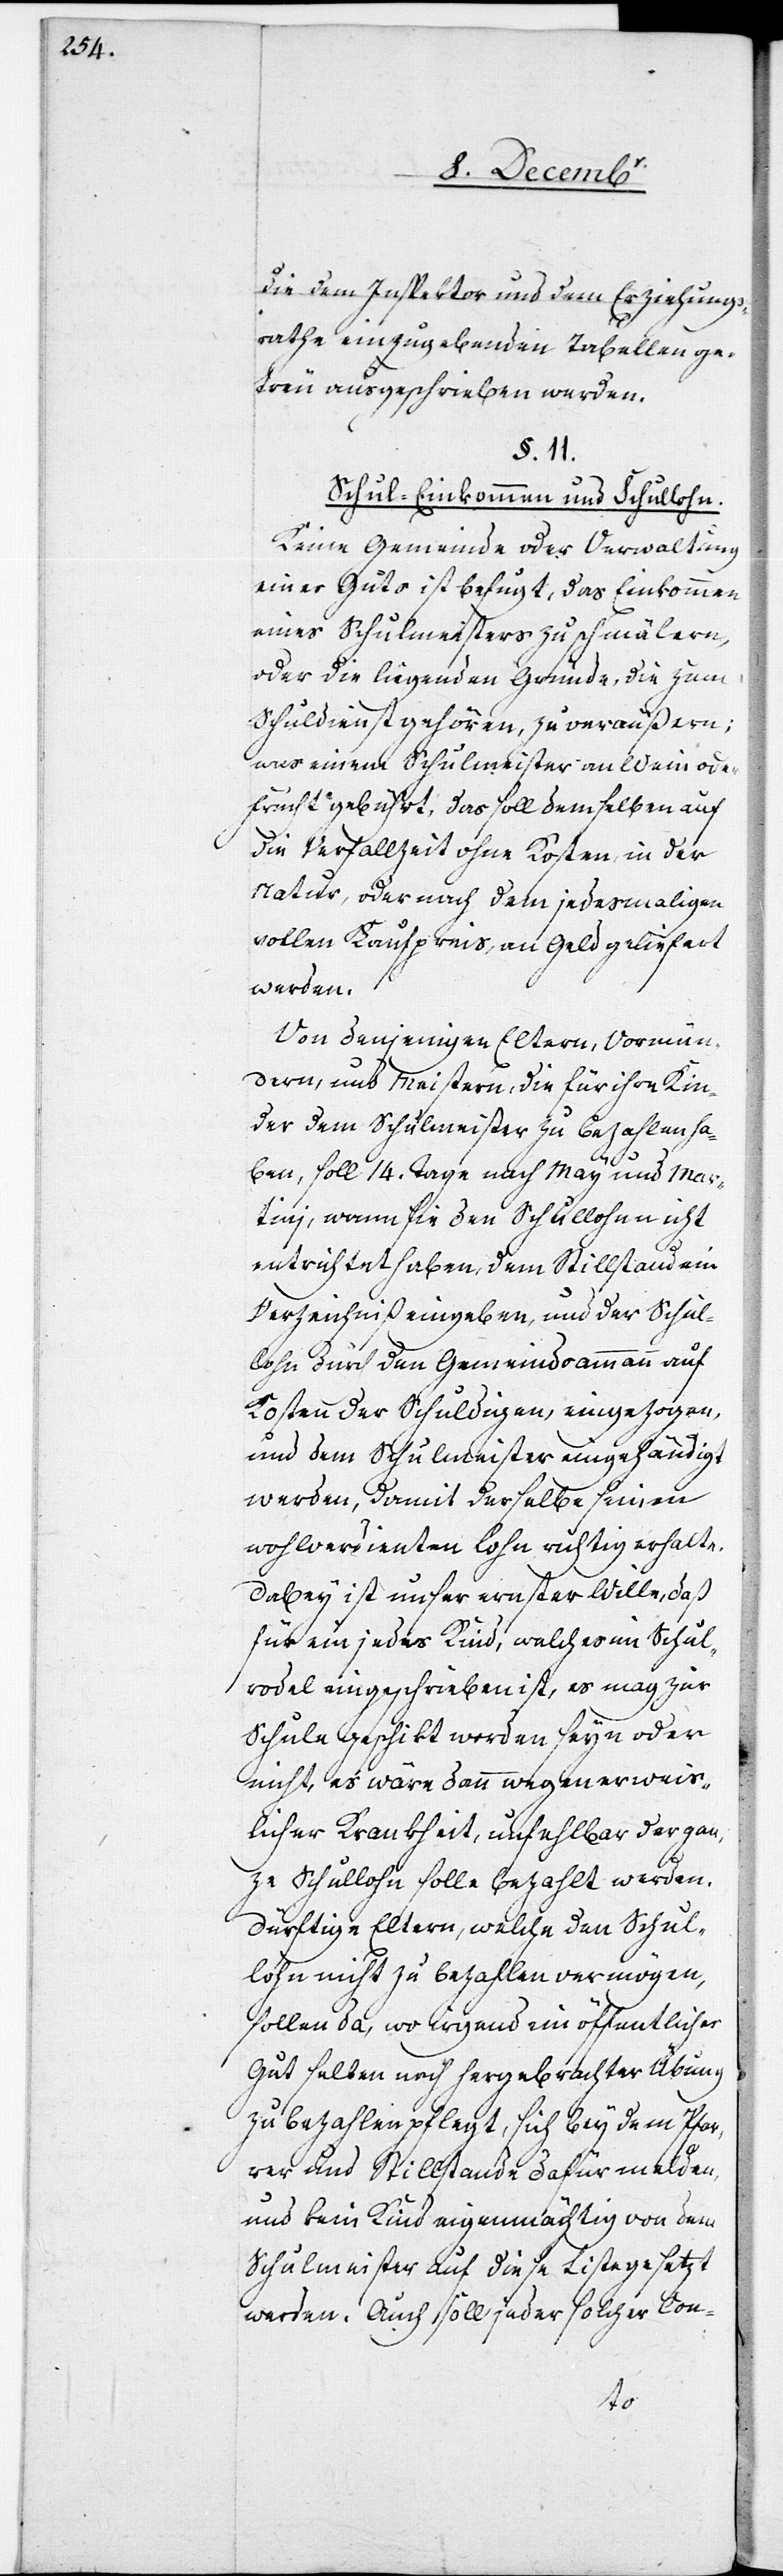
die dem Inspektor und dem Erziehungs¬
rathe einzugebenden Tabellen ge¬
treu ausgeschrieben werden.
§. 11.
Schul-Einkommen und Schullohn.
Keine Gemeinde oder Verwaltung
eines Guts ist befugt, das Einkommen
eines Schulmeisters zu schmälern,
oder die liegenden Gründe, die zum
Schuldienst gehören, zu veräußern;
was einem Schulmeister an Wein oder
Frucht gebührt, das soll demselben auf
die Verfallzeit ohne Kosten in der
Natur, oder nach dem jedesmaligen
vollen Kaufpreis, an Geld geliefert
werden.
Von denjenigen Eltern, Vormün¬
dern, und Meistern, die für ihre Kin¬
der dem Schulmeister zu bezahlen ha¬
ben, soll 14. Tage nach May und Mar¬
tini, wann sie den Schullohn nicht
entrichtet haben, dem Stillstand ein
Verzeichniß eingeben, und der Schul¬
lohn durch den Gemeindsammann auf
Kosten des Schuldigen eingezogen,
und dem Schulmeister eingehändigt
werden, damit derselbe seinen
wohlverdienten Lohn richtig erhalte.
Dabey ist unser ernster Wille, daß
für ein jedes Kind, welches im Schul¬
rodel eingeschrieben ist, es mag zur
Schule geschikt worden seyn oder
nicht, es wäre dann wegen erweis¬
licher Krankheit, unfehlbar der gan¬
ze Schullohn solle bezahlt werden.
Dürftige Eltern, welche den Schul¬
lohn nicht zu bezahlen vermögen,
sollen da, wo irgend ein öffentliches
Gut selten, nach hergebrachter Übung
zu bezahlen pflegt, sich bey dem Pfar¬
rer und Stillstande dafür melden,
und kein Kind eigenmächtig von dem
Schulmeister auf diese Liste gesetzt
werden. Auch soll jeder solcher Con-